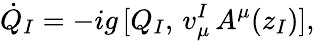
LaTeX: \dot{Q}_{I}=-ig\, [Q_{I},\, v_{\mu}^{I}\, A^{\mu}(z_{I})],